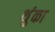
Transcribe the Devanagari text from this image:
थुंका